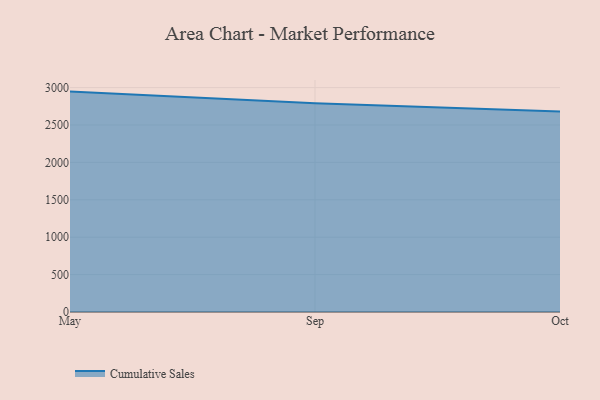
{"axis": {"x": "Month", "y": "Inventory Turnover"}, "legend": ["Cumulative Sales"], "data": [{"x": "May", "y": 2946.6, "type": "Cumulative Sales"}, {"x": "Sep", "y": 2790.5, "type": "Cumulative Sales"}, {"x": "Oct", "y": 2681.5, "type": "Cumulative Sales"}]}